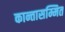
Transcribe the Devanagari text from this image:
कान्तासम्मित